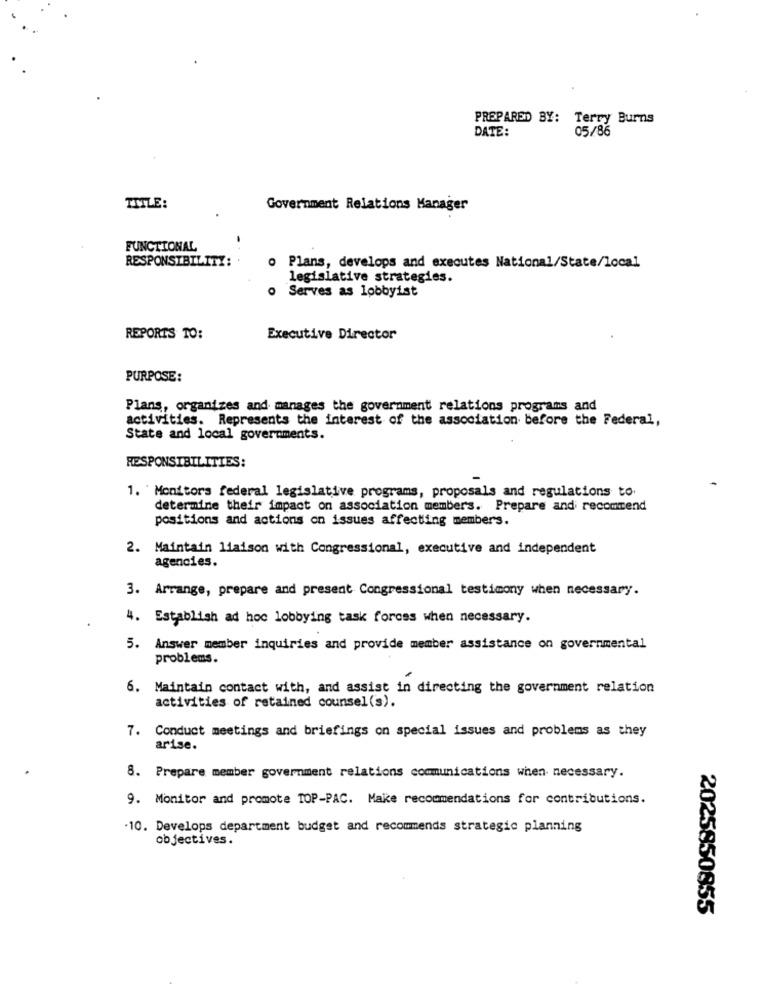
PREPARED BY: Terry Burns
DATE:
05/86
TITLE:
Government Relations Manager
FUNCTIONAL
RESPONSIBILITY:
o Plans, develops and executes National/State/local
legislative strategies.
O Serves as lobbyist
REPORTS TO:
Executive Director
PURPOSE:
Plans, organizes and manages the government relations programs and
activities. Represents the interest of the association before the Federal,
State and local governments.
RESPONSIBILITIES:
1. ' Monitors federal legislative programs, proposals and regulations to.
determine their impact on association members. Prepare andi recommend
positions and actions on issues affecting members.
2. Maintain liaison with Congressional, executive and independent
agencies.
3. Arrange, prepare and present Congressional testimony when necessary.
4. Establish ad hoc lobbying task forces when necessary.
5. Answer member inquiries and provide member assistance on governmental
problems.
6. Maintain contact with, and assist in directing the government relation
activities of retained counsel(s).
7. Conduct meetings and briefings on special issues and problems as they
arise.
8. Prepare member government relations communications when necessary.
9. Monitor and promote TOP-PAC. Make recommendations for contributions.
.10. Develops department budget and recommends strategic planning
objectives.
2025850855